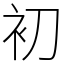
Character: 初